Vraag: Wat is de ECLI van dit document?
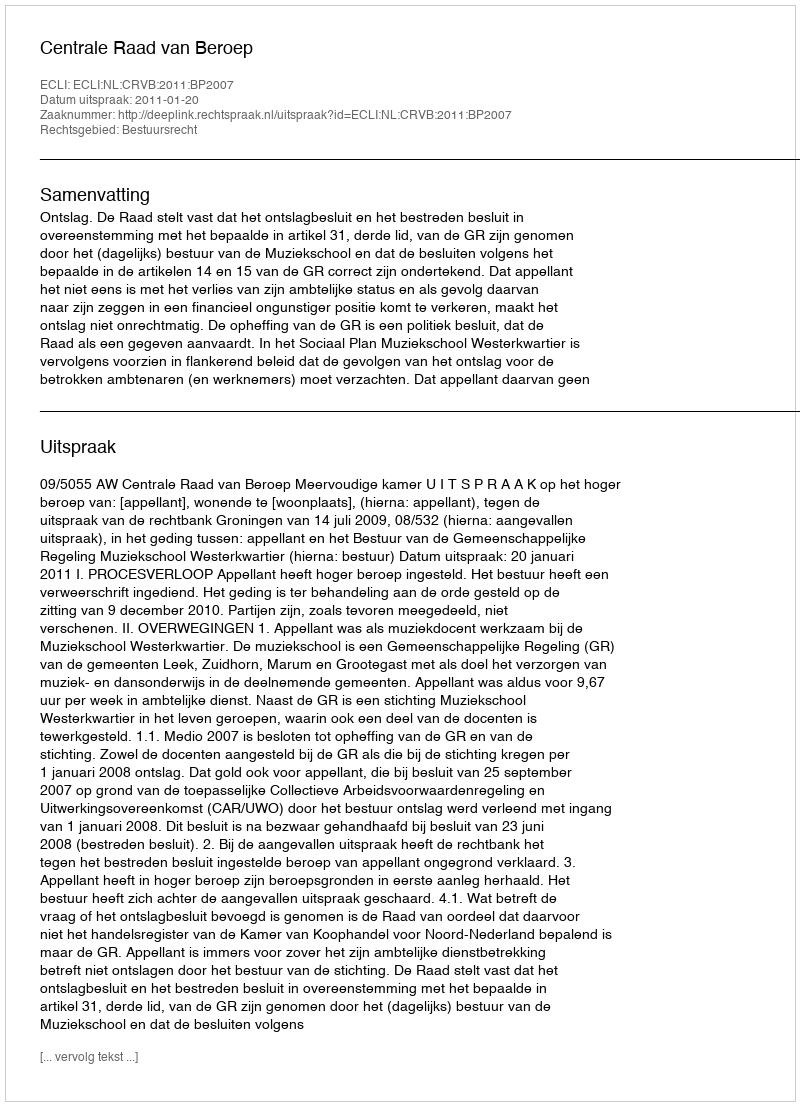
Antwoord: ECLI:NL:CRVB:2011:BP2007